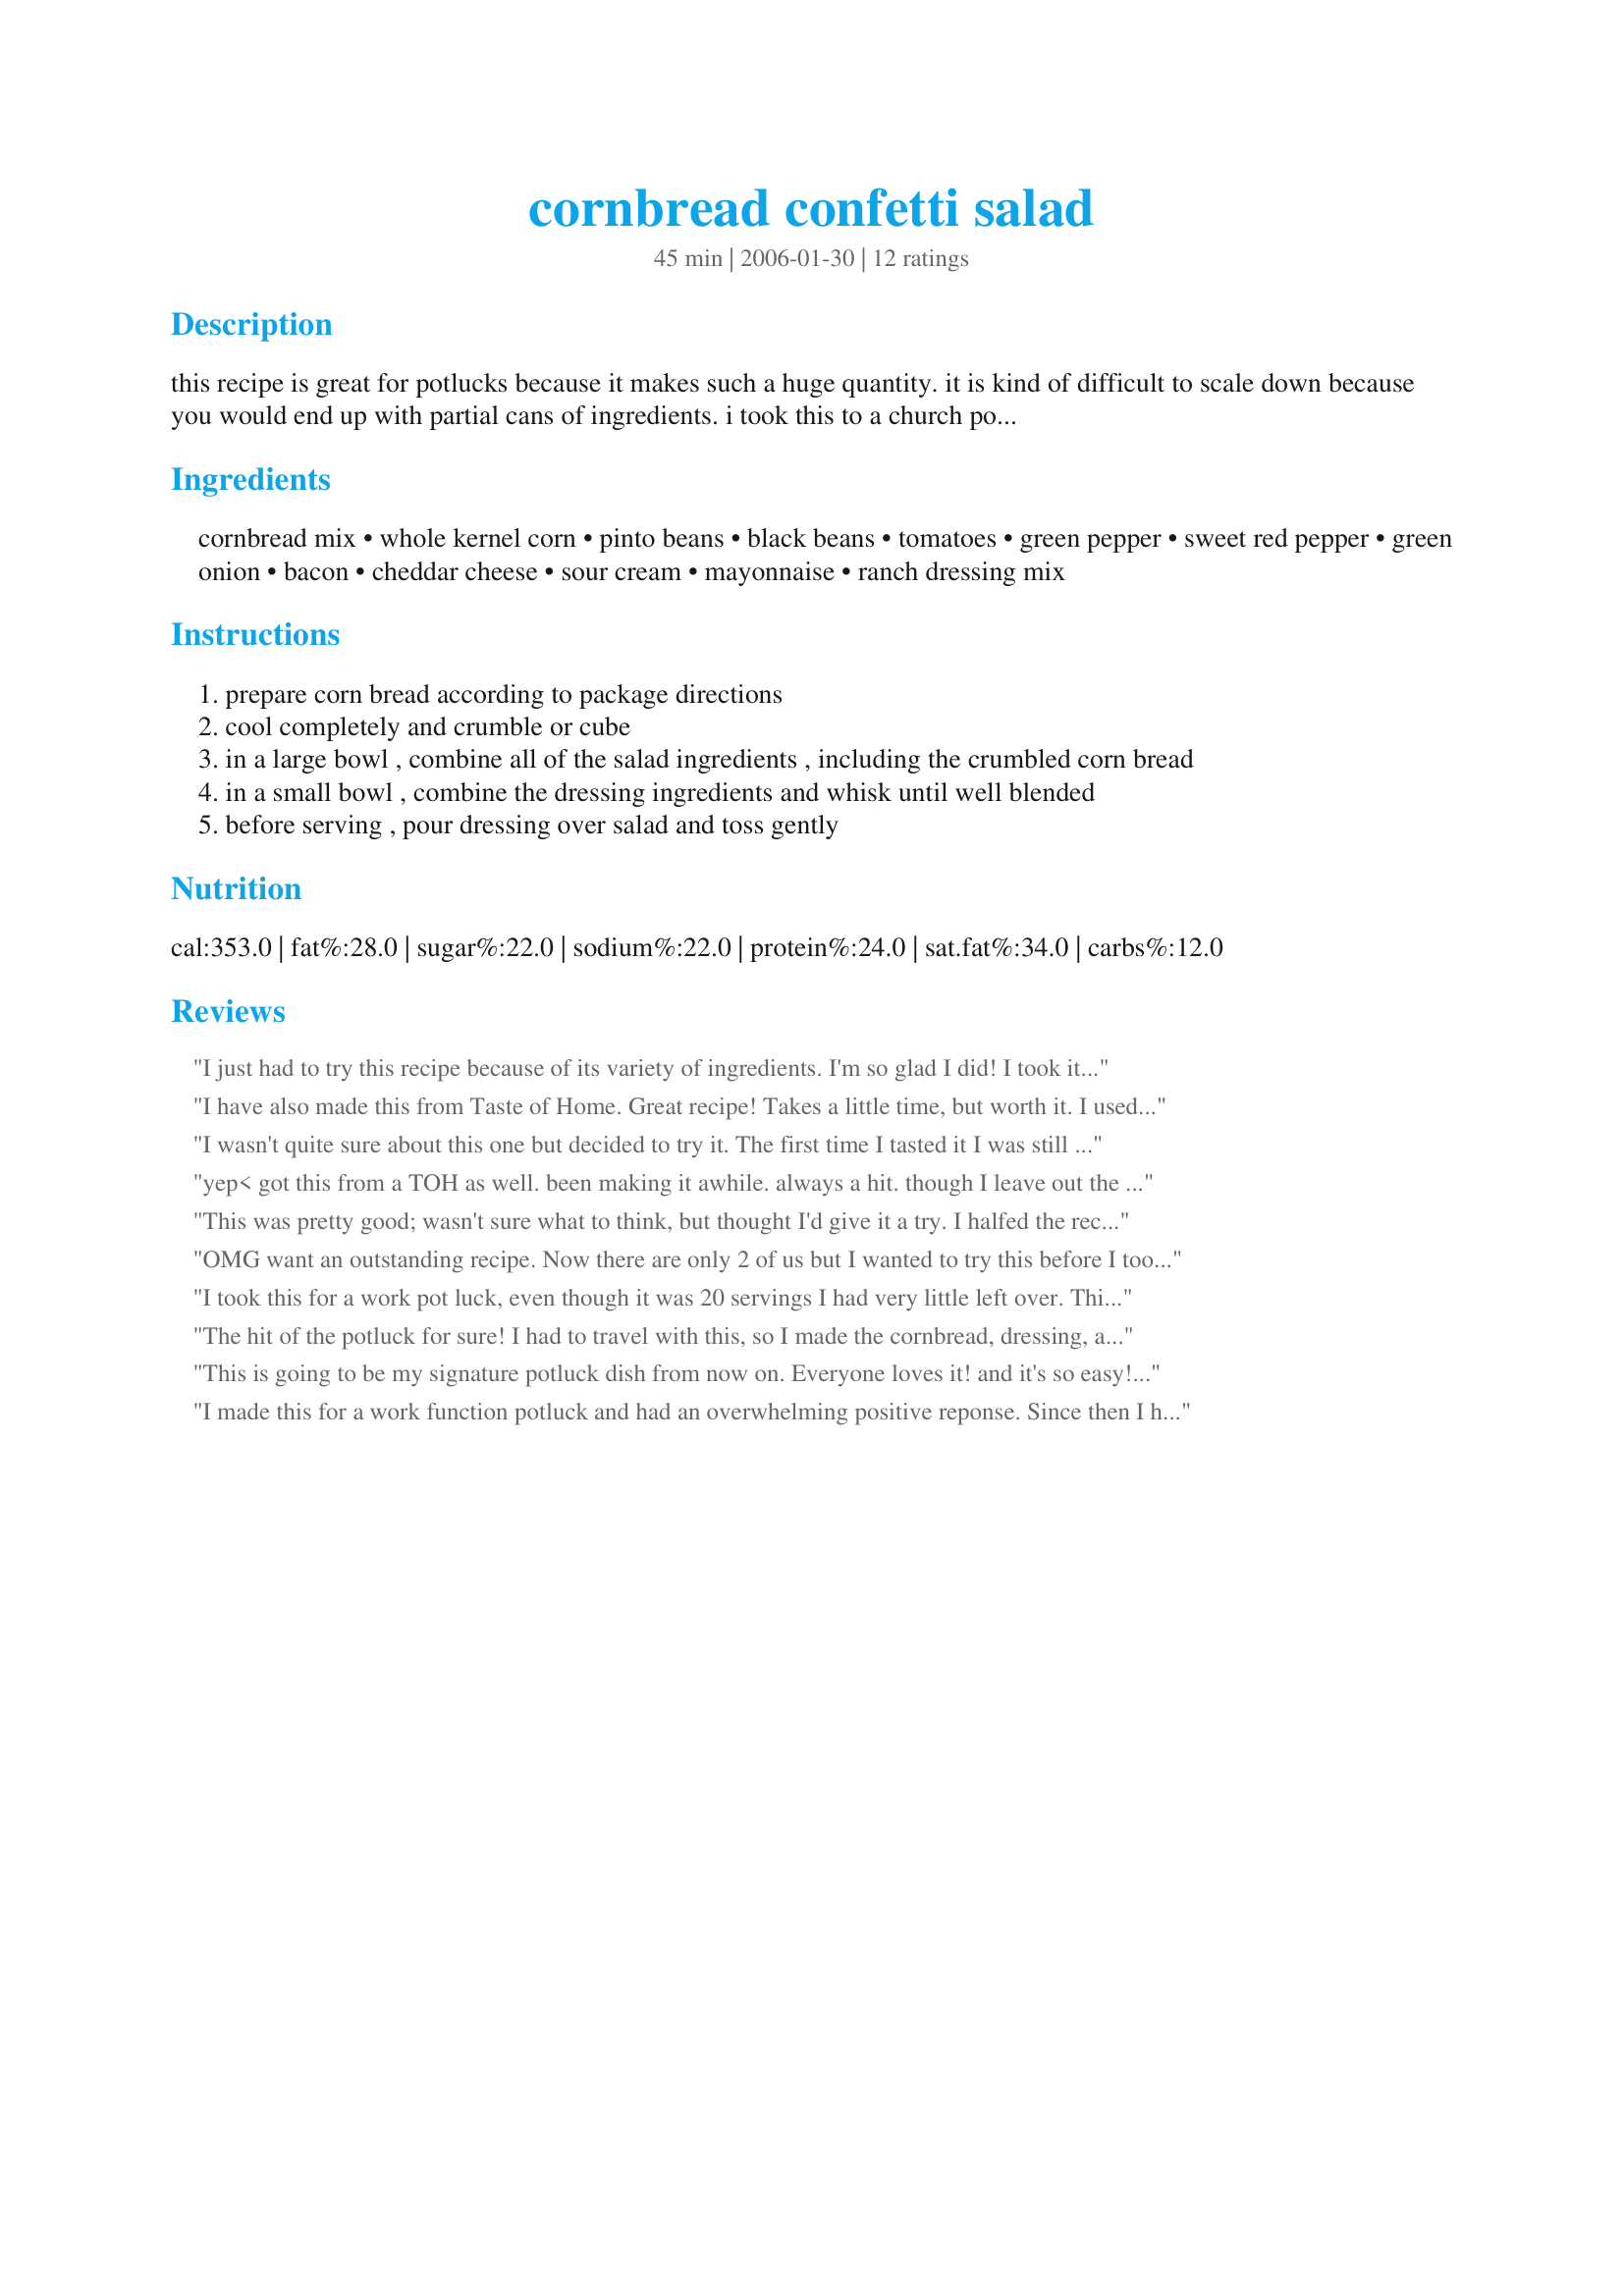
cornbread confetti salad
Preparation time: 45 minutes

this recipe is great for potlucks because it makes such a huge quantity. it is kind of difficult to scale down because you would end up with partial cans of ingredients. i took this to a church potluck, and i actually had men coming up to me and asking to give their wives the recipe! the recipe came from taste of home.

Ingredients:
cornbread mix, whole kernel corn, pinto beans, black beans, tomatoes, green pepper, sweet red pepper, green onion, bacon, cheddar cheese, sour cream, mayonnaise, ranch dressing mix

Steps:
prepare corn bread according to package directions
cool completely and crumble or cube
in a large bowl , combine all of the salad ingredients , including the crumbled corn bread
in a small bowl , combine the dressing ingredients and whisk until well blended
before serving , pour dressing over salad and toss gently

Reviews:
I just had to try this recipe because of its variety of ingredients. I'm so glad I did! I took it to a potluck and everyone loved it. No one could guess that cornbread was in it. I used ff sour cream, ff mayo and reduced fat bacon to save some calories. Those potluckers should thank me! Thanks Ms*Bindy!
I have also made this from Taste of Home. Great recipe! Takes a little time, but worth it. I used the sweet cornbread recipe off of the cornmeal box. Yum!
I wasn't quite sure about this one but decided to try it. The first time I tasted it I was still unsure. My husband loved it immediately. I tasted it the next day and it was very good. I think the flavors had to mingle a little more for me. Overall, I think it is a very good recipe and I will definitely make it again. Thanks.
yep< got this from a TOH as well. been making it awhile. always a hit. though I leave out the tomatoes, and only use 1 green pepper.
This was pretty good; wasn't sure what to think, but thought I'd give it a try. I halfed the recipe and left out the black beans. No pepper since DH doesn't like them so don't have any here. Had to use bacon bits (real thing would definitely be best). Added onion instead of green onion. Thanks for posting!
OMG want an outstanding recipe. Now there are only 2 of us but I wanted to try this before I took it to our family lake outing next weekend. So I made the whole recipe, cause I couldn't figure out how to half it. I mixed everything except the cornbread and dressing in a large bowl and put it in the fridg this morning. At dinner time, I took out enough for me and Dave and extra to share with Uncle Fluke and added (what I thought to be enough cornbread and dressing)and it was fantastic. I loved it. I'm hoping tomorrow that I can do the same thing with the left overs. I'll let you know how it turns out. For the cornbread I used PaulaG's <a href="/167160">Cornbread Mix</a> with 1 cup of cheddar cheese and 1 hot pepper. Yummy. Thanks. My family will be very pleased with this next weekend.
I took this for a work pot luck, even though it was 20 servings I had very little left over. This was easy and tasted good! I did sub low fat sour cream and lite mayo to lower the calorie's.
The hit of the potluck for sure! I had to travel with this, so I made the cornbread, dressing, and bacon a day ahead. That morning I mixed the corn, beans, peppers and onions and transported in the cooler (5 hour trip). I added the tomato, cheese and remaining ingredients when I got to the party. It was better to have the flavors of the dressing blend as well as the salad. I also subbed a can of yellow and white corn and used a can of pinto beans with jalepenos - gave it a very slight kick that was really good. We all loved this and I was happy to share your recipe!
This is going to be my signature potluck dish from now on. Everyone loves it! and it's so easy! thank you
I made this for a work function potluck and had an overwhelming positive reponse. Since then I have given the recipe out a dozen times. 

It is wonderful!
Super great taste. Easy to make. Delish..!! I loved it.
This has become a cook out favorite for my family! I use corn muffin mix instead of cornbread mix and I substitute thawed frozen corn for canned because it adds a little sweetness to it. I also mix the dressing a couple of hours before and add 1 tbsp dried minced onions to the dressing so I can leave out the green onions and get the onion flavor without any raw onions (we don't eat raw onions). This is great right after you make it or the next day! Thanks for a great recipe : )
